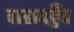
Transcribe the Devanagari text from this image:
वाह्यपहुँच